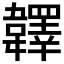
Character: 𩏪